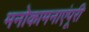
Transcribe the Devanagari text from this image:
मनोकामनाएंपूरी